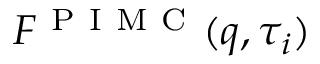
F ^ { \mathrm { ~ P ~ I ~ M ~ C ~ } } ( q , \tau _ { i } )